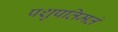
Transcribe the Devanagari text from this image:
पशुपतिमतं